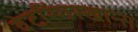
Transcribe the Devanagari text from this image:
वेटरिंगस्खान्स